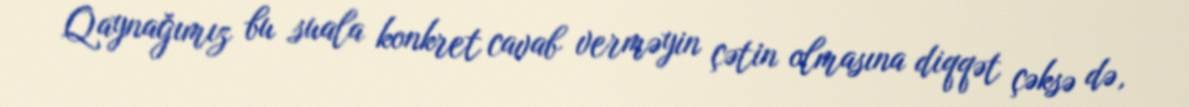
Qaynağımız bu suala konkret cavab verməyin çətin olmasına diqqət çəksə də,